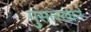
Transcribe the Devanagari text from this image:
गुसलखाने